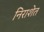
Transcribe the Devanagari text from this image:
निराशेत